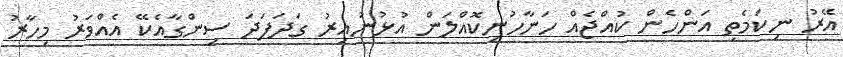
އޭރު ނިކަމެތި އަންހެން ކުއްޖެއް ހަނާހުނިކޮއްލަން އުޅުނުއިރު ގަދަފަދަ ސިންގާއެކޭ އެއްވަރު މިހާރު